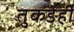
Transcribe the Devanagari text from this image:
तुकडेही